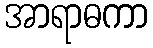
အာရာဓကာ